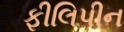
ફીલિપીન